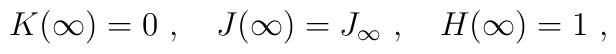
K(\infty)=0 \ , \ \ \ J(\infty)= J_\infty \ , \ \ \ H(\infty) = 1\ ,